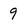
Character: 9